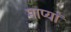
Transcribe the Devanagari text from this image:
माप्याँ